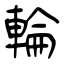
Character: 輪